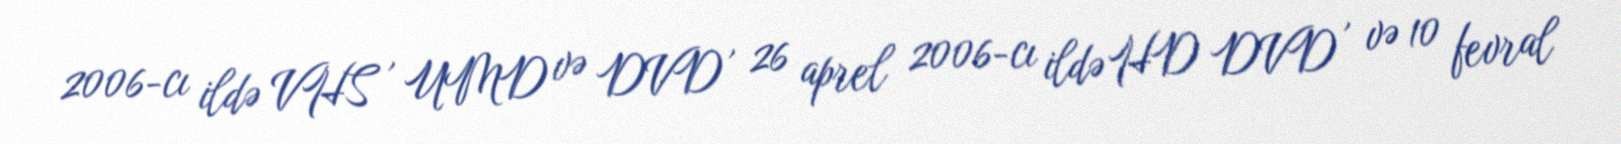
2006-cı ildə VHS , UMD və DVD , 26 aprel 2006-cı ildə HD DVD , və 10 fevral